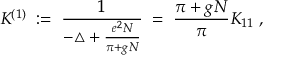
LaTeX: K ^ { ( 1 ) } \; : = \; \frac { 1 } { - \triangle + \frac { e ^ { 2 } N } { \pi + g N } } \; = \; \frac { \pi + g N } { \pi } K _ { 1 1 } \; ,